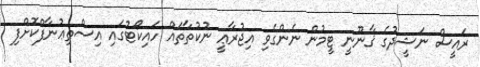
ރައީސް ނަޝީދުގެ ޤާނޫނީ ޓީމުން ނެންގެވި އިޖުރާޢީ ނުކުތާތައް ހައިކޯޓުގައި އިސްތިޢުނާފްކޮށްފި